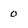
Character: 0